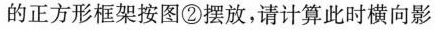
的正方形框架按图②摆放，请计算此时横向影